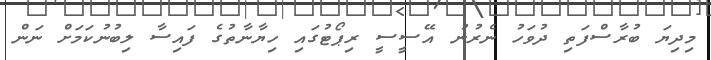
މިދިޔަ ބުރާސްފަތި ދުވަހު ނެރުނު އޭސީސީ ރިޕޯޓުގައި ހިޔާނާތުގެ ފައިސާ ލިބުނުކަމަށް ނަން